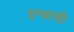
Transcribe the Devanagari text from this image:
इश्वरची